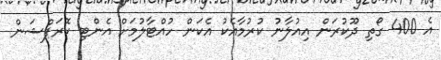
އެ 400 ގޯތި ދޫކުރަން އިއުލާނު ކުރުމާއެކު އެކަން ހުއްޓާލުމަށް އެންޓި ކޮރަޕްޝަން